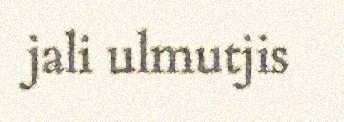
jali ulmutjis